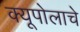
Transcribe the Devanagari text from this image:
क्यूपोलाचे